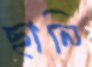
ছানি